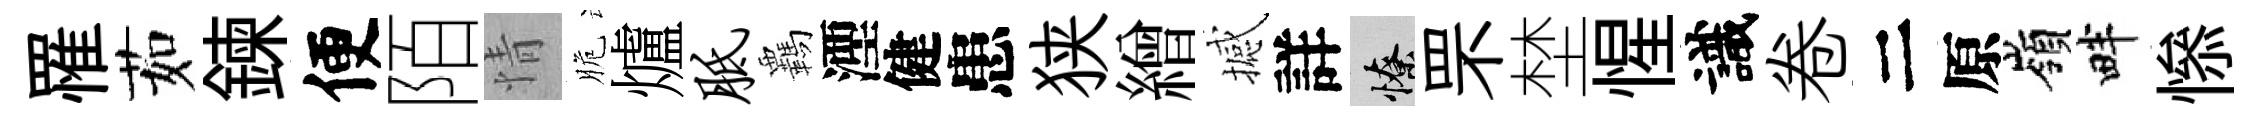
罹茹鍊便陌情脆爐胝覊湮健患狭繒撼詳憭罘埜惺識卷二原嶺畔𢡖